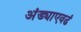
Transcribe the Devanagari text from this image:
अंड्याएवढं